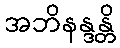
အဘိနန္ဒန္တိ